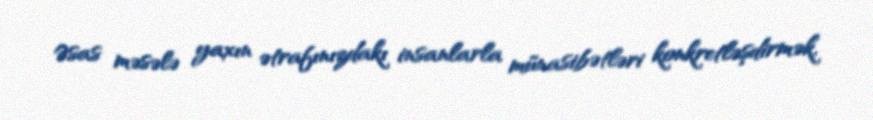
Əsas məsələ yaxın ətrafınızdakı insanlarla münasibətləri konkretləşdirmək,